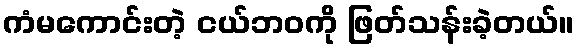
ကံမကောင်းတဲ့ ငယ်ဘဝကို ဖြတ်သန်းခဲ့တယ်။